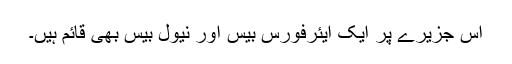
اس جزیرے پر ایک ایئرفورس بیس اور نیول بیس بھی قائم ہیں۔